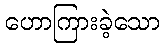
ဟောကြားခဲ့သော